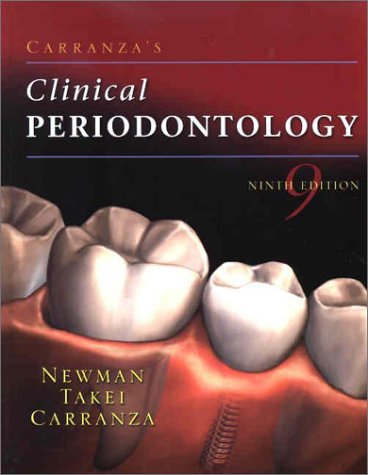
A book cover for Carranza's Clinical Periodontology, 9e; Perry R. Klokkevold DDS  MS; Medical Books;